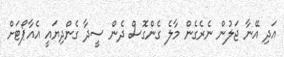
އަދި އޭނާ ޖަލުން ނެރެގެން މާލެ ގެންގޮސް ދެން ސީދާ ގެންދިޔައީ އެއާޕޯޓަށް